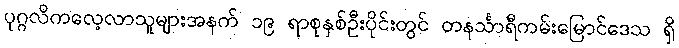
ပုဂ္ဂလိကလေ့လာသူများအနက် ၁၉ ရာစုနှစ်ဦးပိုင်းတွင် တနင်္သာရီကမ်းမြောင်ဒေသ ရှိ